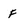
Character: F